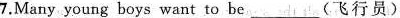
7.Many young boys want to be____(飞行员)